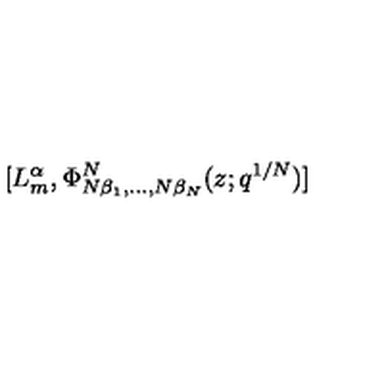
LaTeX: [ L _ { m } ^ { \alpha } , \Phi _ { N \beta _ { 1 } , \dots , N \beta _ { N } } ^ { N } ( z ; q ^ { 1 / N } ) ] \